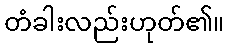
တံခါးလည်းဟုတ်၏။